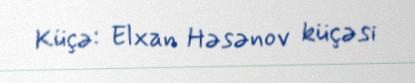
Küçə: Elxan Həsənov küçəsi